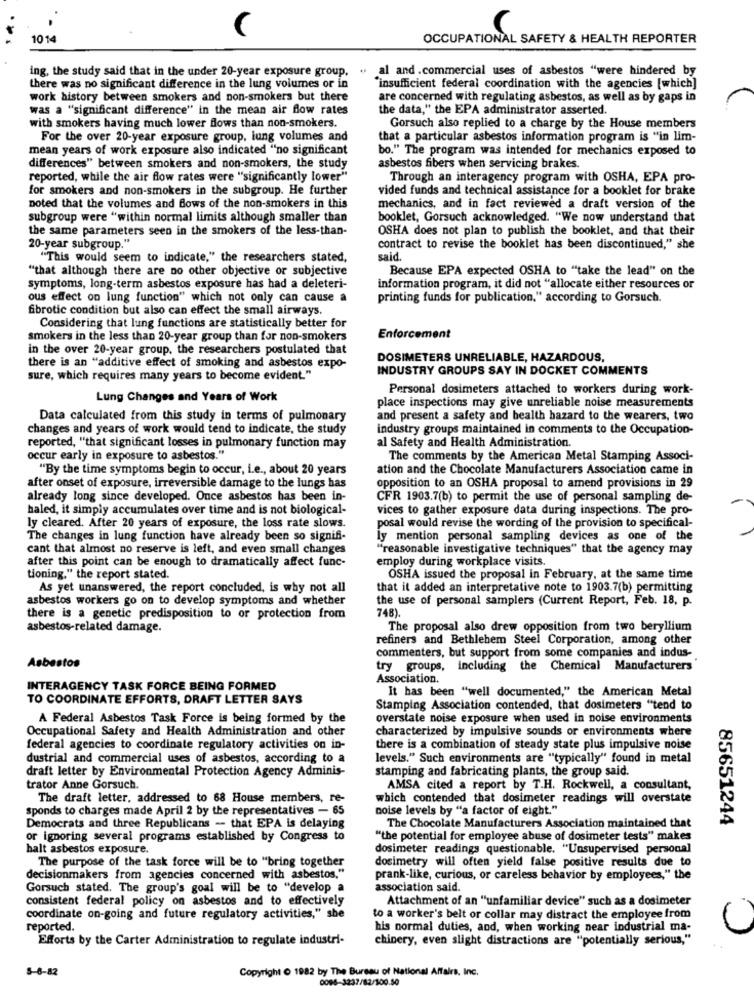
1014
OCCUPATIONAL SAFETY & HEALTH REPORTER
ing, the study said that in the under 20-year exposure group,
al and .commercial uses of asbestos "were hindered by
there was no significant difference in the lung volumes or in
"insufficient federal coordination with the agencies [which]
work history between smokers and non-smokers but there
are concerned with regulating asbestos, as well as by gaps in
was a "significant difference" in the mean air flow rates
the data," the EPA administrator asserted.
with smokers having much lower flows than non-smokers.
Gorsuch also replied to a charge by the House members
For the over 20-year exposure group, lung volumes and
that a particular asbestos information program is "in lim-
mean years of work exposure also indicated "no significant
bo." The program was intended for mechanics exposed to
differences" between smokers and non-smokers, the study
asbestos fibers when servicing brakes.
reported, while the air flow rates were "significantly lower"
Through an interagency program with OSHA, EPA pro-
for smokers and non-smokers in the subgroup. He further
vided funds and technical assistance for a booklet for brake
noted that the volumes and flows of the non-smokers in this
mechanics, and in fact reviewed a draft version of the
subgroup were "within normal limits although smaller than
booklet, Gorsuch acknowledged. "We now understand that
the same parameters seen in the smokers of the less-than-
OSHA does not plan to publish the booklet, and that their
20-year subgroup."
contract to revise the booklet has been discontinued," she
"This would seem to indicate," the researchers stated,
said.
"that although there are no other objective or subjective
Because EPA expected OSHA to "take the lead" on the
symptoms, long-term asbestos exposure has had a deleteri-
information program, it did not "allocate either resources or
ous effect on lung function" which not only can cause a
printing funds for publication," according to Gorsuch.
fibrotic condition but also can effect the small airways.
Considering that lung functions are statistically better for
smokers in the less than 20-year group than for non-smokers
Enforcement
in the over 20-year group, the researchers postulated that
DOSIMETERS UNRELIABLE, HAZARDOUS,
there is an "additive effect of smoking and asbestos expo-
INDUSTRY GROUPS SAY IN DOCKET COMMENTS
sure, which requires many years to become evident."
Personal dosimeters attached to workers during work-
Lung Changes and Years of Work
place inspections may give unreliable noise measurements
Data calculated from this study in terms of pulmonary
and present a safety and health hazard to the wearers, two
changes and years of work would tend to indicate, the study
industry groups maintained in comments to the Occupation-
reported, "that significant losses in pulmonary function may
al Safety and Health Administration.
occur early in exposure to asbestos."
The comments by the American Metal Stamping Associ-
"By the time symptoms begin to occur, i.e ., about 20 years
ation and the Chocolate Manufacturers Association came in
after onset of exposure, irreversible damage to the lungs has
opposition to an OSHA proposal to amend provisions in 29
already long since developed. Once asbestos has been in-
CFR 1903.7(b) to permit the use of personal sampling de-
haled, it simply accumulates over time and is not biological-
vices to gather exposure data during inspections. The pro-
ly cleared. After 20 years of exposure, the loss rate slows.
posal would revise the wording of the provision to specifical-
The changes in lung function have already been so signifi-
ly mention personal sampling devices as one of the
cant that almost no reserve is left, and even small changes
"reasonable investigative techniques" that the agency may
after this point can be enough to dramatically affect func-
employ during workplace visits.
tioning," the report stated.
OSHA issued the proposal in February, at the same time
As yet unanswered, the report concluded, is why not all
that it added an interpretative note to 1903.7(b) permitting
asbestos workers go on to develop symptoms and whether
the use of personal samplers (Current Report, Feb. 18, p.
748).
there is a genetic predisposition to or protection from
asbestos-related damage.
The proposal also drew opposition from two beryllium
refiners and Bethlehem Steel Corporation, among other
commenters, but support from some companies and indus-
Asbestos
try groups, including the Chemical Manufacturers
Association.
INTERAGENCY TASK FORCE BEING FORMED
It has been "well documented," the American Metal
TO COORDINATE EFFORTS, DRAFT LETTER SAYS
Stamping Association contended, that dosimeters "tend to
A Federal Asbestos Task Force is being formed by the
overstate noise exposure when used in noise environments
Occupational Safety and Health Administration and other
characterized by impulsive sounds or environments where
federal agencies to coordinate regulatory activities on in-
there is a combination of steady state plus impulsive noise
dustrial and commercial uses of asbestos, according to a
levels." Such environments are "typically" found in metal
draft letter by Environmental Protection Agency Adminis-
stamping and fabricating plants, the group said.
trator Anne Gorsuch.
AMSA cited a report by T.H. Rockwell, a consultant,
The draft letter, addressed to 68 House members, re-
which contended that dosimeter readings will overstate
sponds to charges made April 2 by the representatives - 65
noise levels by "a factor of eight."
85651244
Democrats and three Republicans - that EPA is delaying
The Chocolate Manufacturers Association maintained that
or ignoring several programs established by Congress to
"the potential for employee abuse of dosimeter tests" makes
halt asbestos exposure.
dosimeter readings questionable. "Unsupervised personal
The purpose of the task force will be to "bring together
dosimetry will often yield false positive results due to
decisionmakers from agencies concerned with asbestos."
prank-like, curious, or careless behavior by employees," the
Gorsuch stated. The group's goal will be to "develop a
association said.
consistent federal policy on asbestos and to effectively
Attachment of an "unfamiliar device" such as a dosimeter
coordinate on-going and future regulatory activities," she
to a worker's belt or collar may distract the employee from
reported.
his normal duties, and, when working near industrial ma-
Efforts by the Carter Administration to regulate industri-
chinery, even slight distractions are "potentially serious,"
5-6-82
Copyright O 1982 by The Bureau of National Affairs, Inc.
0094-3237/82/100.50